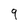
Character: q